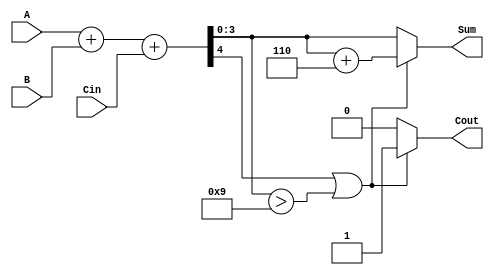
module BCD_Asynchronous_Adder (
    input  [3:0] A,      // First BCD digit input
    input  [3:0] B,      // Second BCD digit input
    input        Cin,     // Carry input
    output reg [3:0] Sum, // BCD result of the addition
    output reg Cout       // Carry output
);

    // Intermediate signals
    wire [4:0] S;        // 5-bit sum to accommodate carry
    wire correction;      // Signal to indicate if correction is needed

    // Binary addition of A, B, and Cin
    assign S = A + B + Cin;

    // Determine if correction is needed
    assign correction = (S[4] || S[3:0] > 4'b1001);

    always @(*) begin
        if (correction) begin
            // Apply correction by adding 6 (0110)
            Sum = S[3:0] + 4'b0110;
            Cout = 1; // Set carry out if correction is applied
        end else begin
            Sum = S[3:0]; // No correction needed
            Cout = 0;     // No carry out
        end
    end

endmodule